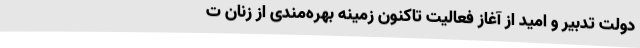
دولت تدبیر و امید از آغاز فعالیت تاکنون زمینه بهره‌مندی از زنان ت